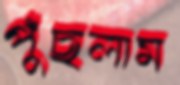
পুঁছলাম